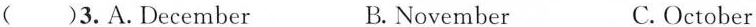
(3.A. December B. November C. October